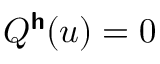
Q ^ { \boldsymbol { \mathsf { h } } } ( u ) = 0